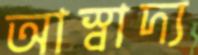
আস্বাদ্য